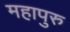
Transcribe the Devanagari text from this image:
महापुरु